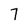
Character: 7